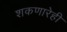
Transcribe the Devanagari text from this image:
शकणारेही